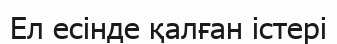
Ел есінде қалған істері